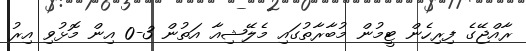
ރާއްޖޭގެ ފިރިހެން ޓީމުން މުބާރާތުގައި މެލޭޝިއާ އަތުން 3-0 އިން މޮޅުވި އިރު